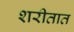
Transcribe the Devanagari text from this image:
शरीतात